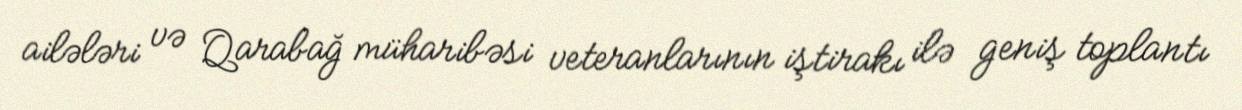
ailələri və Qarabağ müharibəsi veteranlarının iştirakı ilə geniş toplantı